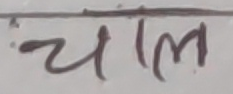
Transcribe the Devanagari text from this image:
चाल